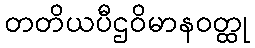
တတိယပီဌဝိမာနဝတ္ထု